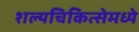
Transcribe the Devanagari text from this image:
शल्यचिकित्सेमध्ये